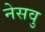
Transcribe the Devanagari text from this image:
नेसवु